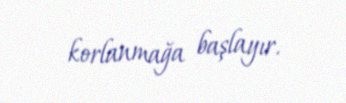
korlanmağa başlayır.